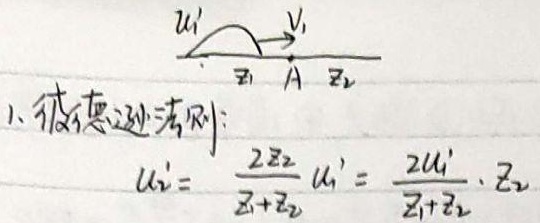
1. 波传递法则：
\[u_{2}'= \frac{2Z_{2}}{Z_{1}+Z_{2}}u_{1}' = \frac{2u_{1}'\cdot Z_{2}}{Z_{1}+Z_{2}}\]